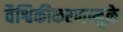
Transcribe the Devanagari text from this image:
वैश्विकीकरणामुळे